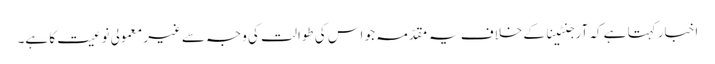
اخبار کہتا ہے کہ آرجنٹینا کے خلاف یہ مقدّمہ جو اس کی طوالت کی وجہ سےغیر معمولی نوعیت کا ہے۔